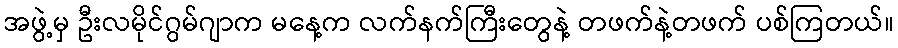
အဖွဲ့မှ ဦးလမိုင်ဂွမ်ဂျာက မနေ့က လက်နက်ကြီးတွေနဲ့ တဖက်နဲ့တဖက် ပစ်ကြတယ်။